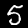
Digit: 5